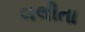
લલીતા